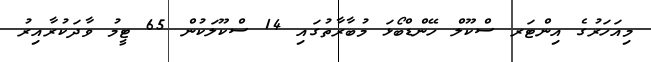
މިއަހަރުގެ އިންޓަރ ސްކޫލް ހޭންޑްބޯޅަ މުބާރާތުގައި 14 ސްކޫލަކުން 65 ޓީމު ވާދަކުރާއިރު